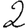
Digit: 2